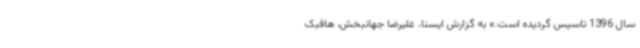
سال 1396 تاسیس گردیده است.» به گزارش ایسنا، علیرضا جهانبخش، هافبک